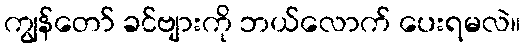
ကျွန်တော် ခင်ဗျားကို ဘယ်လောက် ပေးရမလဲ။